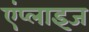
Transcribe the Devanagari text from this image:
एंप्लाइज